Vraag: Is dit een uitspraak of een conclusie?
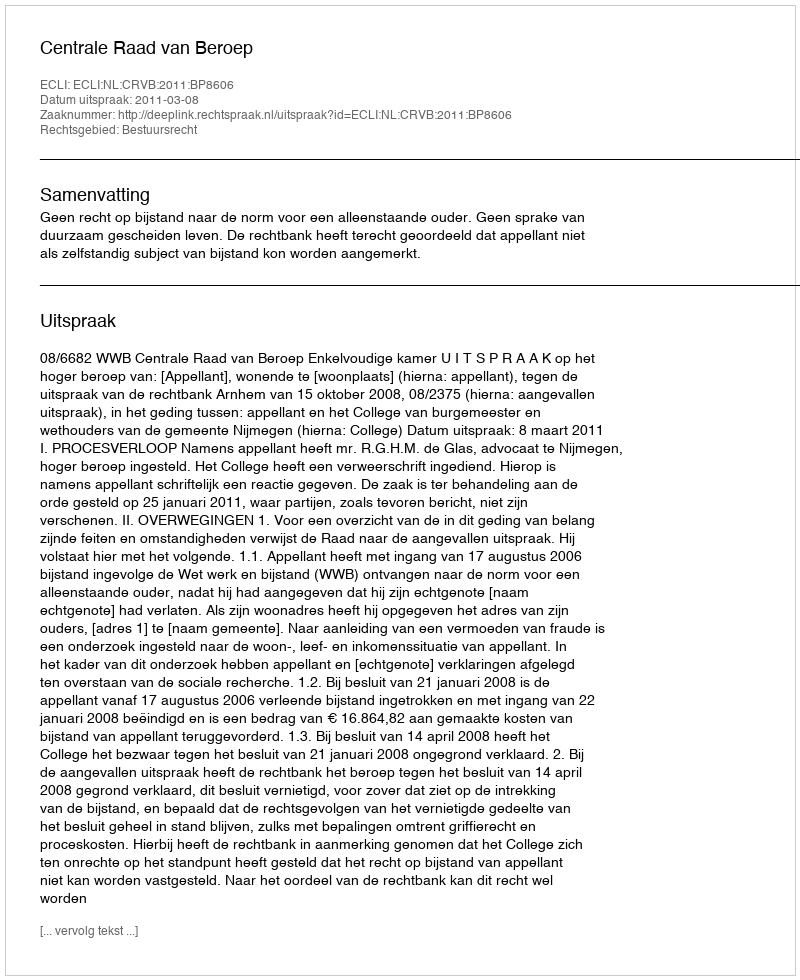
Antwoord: Uitspraak